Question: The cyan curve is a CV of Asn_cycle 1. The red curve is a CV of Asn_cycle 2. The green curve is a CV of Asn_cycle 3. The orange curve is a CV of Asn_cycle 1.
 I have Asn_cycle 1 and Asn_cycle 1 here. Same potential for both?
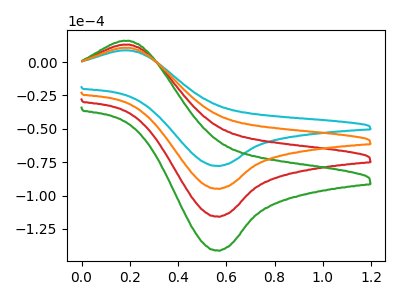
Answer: <think>The cyan curve "Asn_cycle 1" has an anodic peak at (0.20V, 8.80uA) and a cathodic peak at (0.55V, -77.75uA). The red curve "Asn_cycle 2" has an anodic peak at (0.20V, 21.50uA) and a cathodic peak at (0.55V, -189.70uA). The green curve "Asn_cycle 3" has an anodic peak at (0.20V, 32.25uA) and a cathodic peak at (0.55V, -284.55uA). The orange curve "Asn_cycle 1" has an anodic peak at (0.20V, 10.75uA) and a cathodic peak at (0.55V, -94.85uA).
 All the peaks in "Asn_cycle 1" have a peak in "Asn_cycle 1" at the same potential. Every peak in "Asn_cycle 1" is lower than every peak in "Asn_cycle 1".</think>
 <answer>"Asn_cycle 1" and "Asn_cycle 1" are similar in shape.</answer>
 <eval>same_shape</eval>